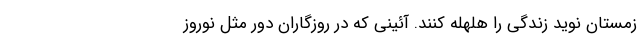
زمستان نوید زندگی را هلهله کنند. آئینی که در روزگاران دور مثل نوروز